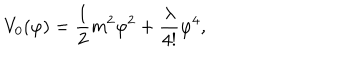
LaTeX: V _ { 0 } ( \varphi ) = \frac { 1 } { 2 } m ^ { 2 } \varphi ^ { 2 } + \frac { \lambda } { 4 ! } \varphi ^ { 4 } ,